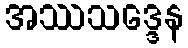
အဿသဒ္ဒေန